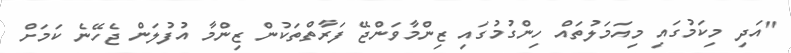
"އަދި މިިކަމުގައި މިއަމަލުތައް ހިންގުމުގައި ޒިންމާވަންޖޭ ފަރާތްތަކުން ޒިންމާ އުފުލަން ޖެހޭނެ ކަމަށް